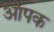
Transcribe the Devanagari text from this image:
आंपक